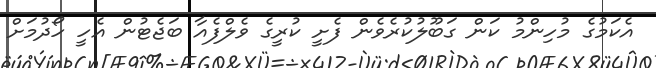
އެކަމުގެ މުހިންމު ކަން ގަބޫލުކުރެވެން ފެށީ ކުރީގެ ވެލްފެއާ ބަޖެޓުން އެހީ ހޯދުމަށް